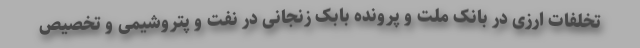
تخلفات ارزی در بانک ملت و پرونده بابک زنجانی در نفت و پتروشیمی و تخصیص